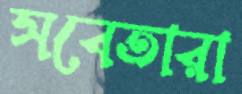
সবেতারা